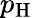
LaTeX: p_{\mathrm{H}}